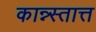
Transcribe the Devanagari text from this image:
कान्न्स्तात्त